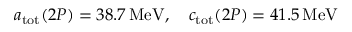
a _ { \mathrm { t o t } } ( 2 P ) = 3 8 . 7 \, \mathrm { M e V } , \quad c _ { \mathrm { t o t } } ( 2 P ) = 4 1 . 5 \, \mathrm { M e V }